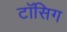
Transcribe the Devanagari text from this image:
टॉसिग